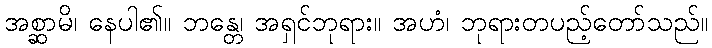
အစ္ဆာမိ၊ နေပါ၏။ ဘန္တေ၊ အရှင်ဘုရား။ အဟံ၊ ဘုရားတပည့်တော်သည်။